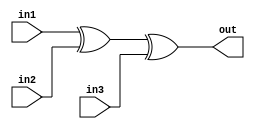
module xor3 (in1,in2,in3,out);
   input in1,in2,in3;
   output out;
   assign out = in1 ^ in2 ^ in3;
   
endmodule